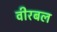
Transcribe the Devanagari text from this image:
वीरबल